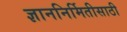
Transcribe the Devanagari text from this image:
ज्ञाननिर्मितीसाठी